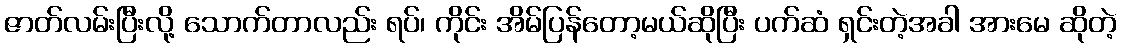
ဇာတ်လမ်းပြီးလို့ သောက်တာလည်း ရပ်၊ ကိုင်း အိမ်ပြန်တော့မယ်ဆိုပြီး ပက်ဆံ ရှင်းတဲ့အခါ အားမေ ဆိုတဲ့